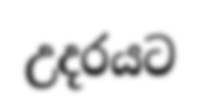
උදරයට